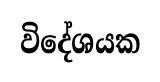
විදේශයක